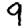
Digit: 9